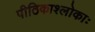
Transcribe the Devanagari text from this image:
पीठिकाश्लोकाः